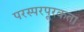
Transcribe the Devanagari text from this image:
परस्परपूरकता